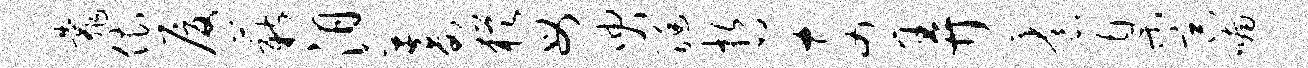
靠依厦薪汨蓄犹母臾艇哲奈弄养臬宗喃